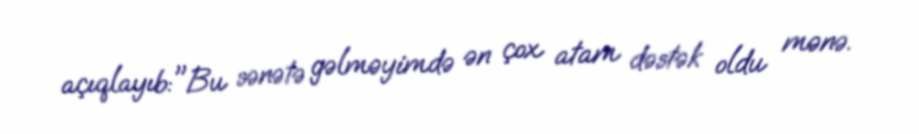
açıqlayıb:"Bu sənətə gəlməyimdə ən çox atam dəstək oldu mənə.